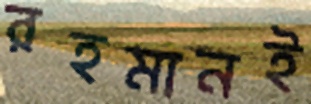
রহমানই